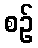
စဉ်